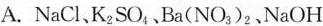
A.NaCl、K_{2} SO_{4}、 Ba(NO_{3})_{2}、NaOH